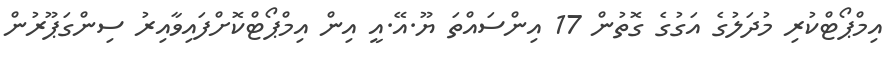
އިމްޕޯޓްކުރި މުދަލުގެ އަގުގެ ގޮތުން 17 އިންސައްތަ ޔޫ.އޭ.އީ އިން އިމްޕޯޓްކޮށްފައިވާއިރު ސިންގަޕޫރުން